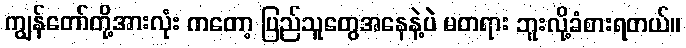
ကျွန်တော်တို့အားလုံး ကတော့ ပြည်သူတွေအနေနဲ့ပဲ မတရား ဘူးလို့ခံစားရတယ်။